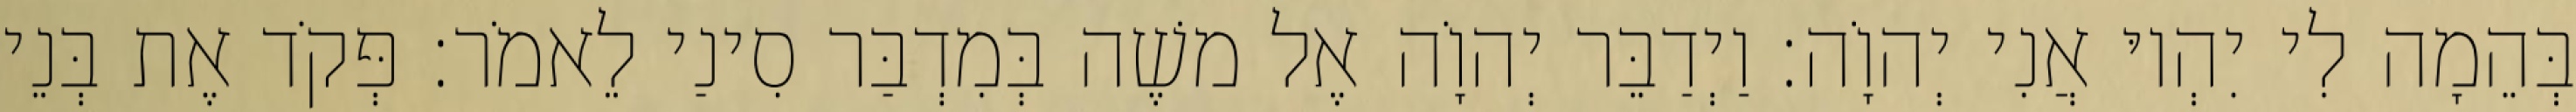
בְּהֵמָה לִי יִהְיוּ אֲנִי יְהוָֹה׃ וַיְדַבֵּר יְהוָֹה אֶל משֶׁה בְּמִדְבַּר סִינַי לֵאמֹר׃ פְּקֹד אֶת בְּנֵי